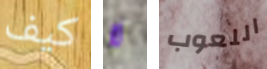
كيف لا اللعوب